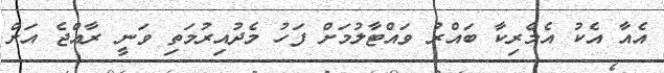
އެއާ އެކު އެމެރިކާ ބައްރު ވައްޓާލުމަށް ފަހު މެދުއިރުމަތި ވަނީ ރާއްޖެ އަށް